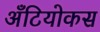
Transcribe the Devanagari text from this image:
अँटियोकस